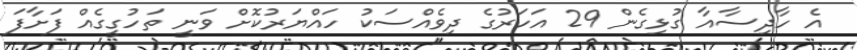
އެ ހާދިސާއާ ގުޅިގެން 29 އަހަރުގެ ދިވެއްސަކު ހައްޔަރުކޮށް ވަނީ ތަހުގީގެއް ފަށާފަ